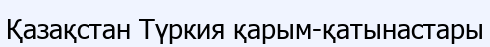
Қазақстан Түркия қарым-қатынастары